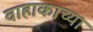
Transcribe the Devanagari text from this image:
वाहाकाच्या